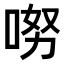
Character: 𠴂